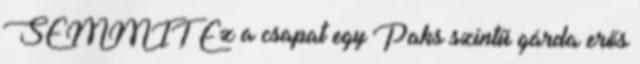
SEMMIT Ez a csapat egy Paks szintű gárda erős